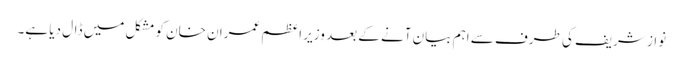
نواز شریف کی طرف سے اہم بیان آنے کے بعد وزیر اعظم عمران خان کو مشکل میں ڈال دیا ہے۔